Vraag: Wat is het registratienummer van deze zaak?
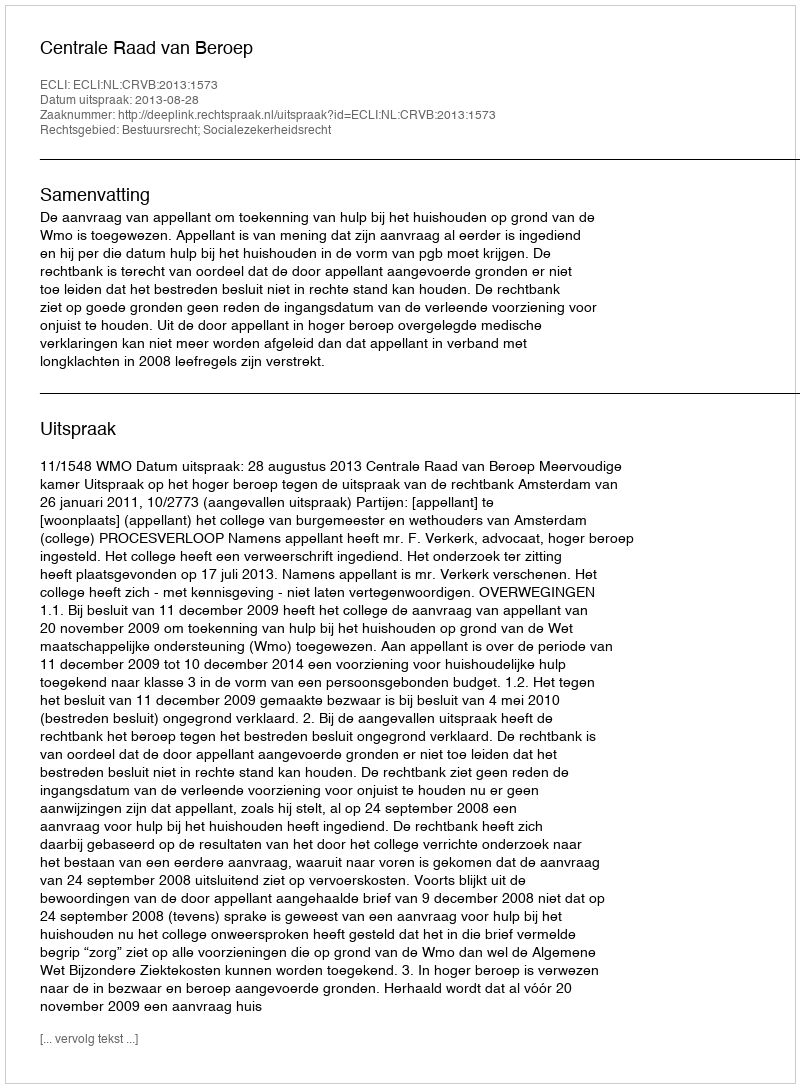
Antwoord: http://deeplink.rechtspraak.nl/uitspraak?id=ECLI:NL:CRVB:2013:1573